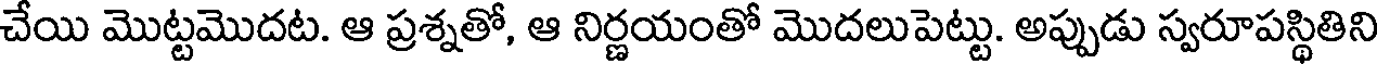
చేయి మొట్టమొదట. ఆ ప్రశ్నతో, ఆ నిర్ణయంతో మొదలుపెట్టు. అప్పుడు స్వరూపస్థితిని